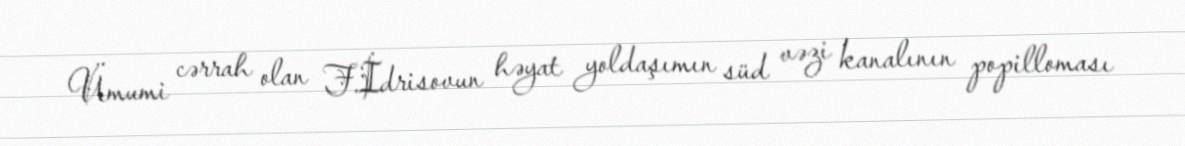
Ümumi cərrah olan F.İdrisovun həyat yoldaşımın süd vəzi kanalının popilloması